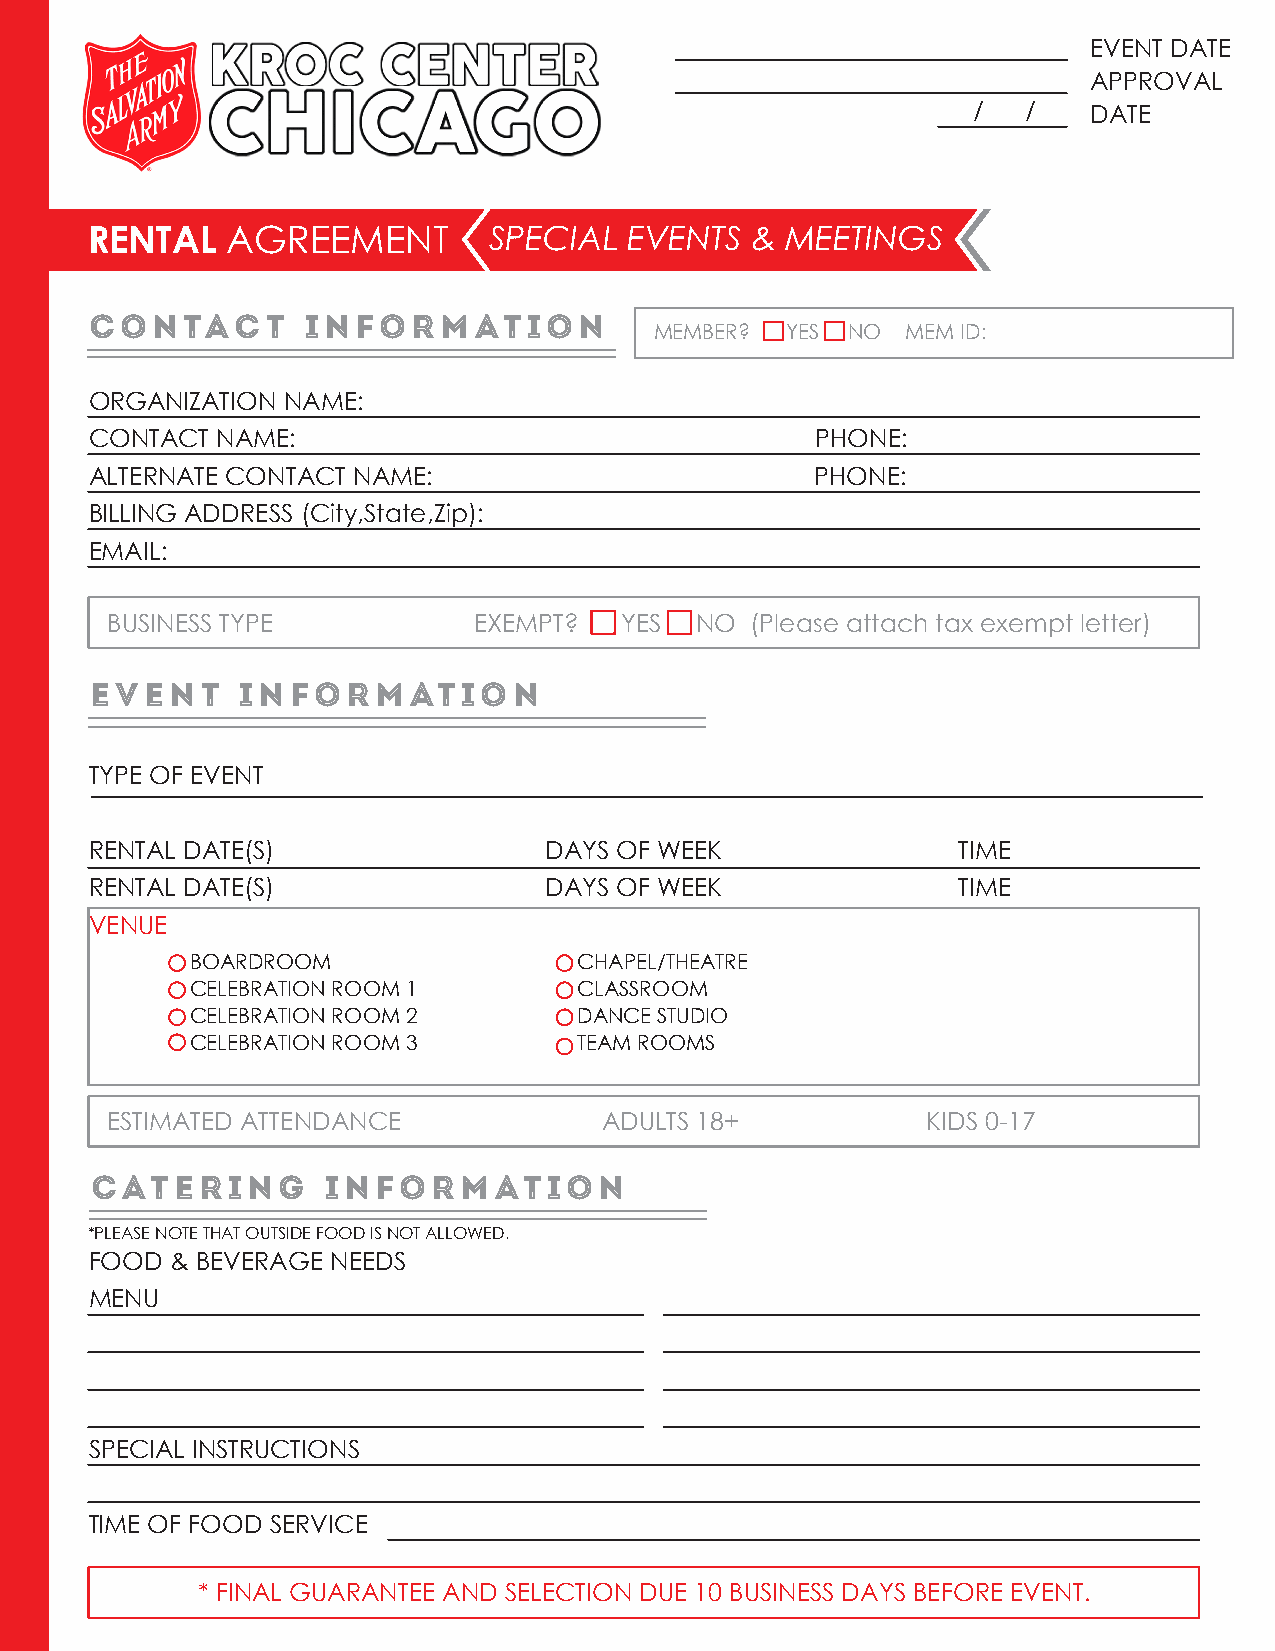
EVENT DATE
 APPROVAL
 /   /   DATE
 RENTAL   AGREEMENT        SPECIAL   EVENTS  & MEETINGS
 CONTACT       INFORMATION
 MEMBER?  YES NO  MEM ID:
 ORGANIZATION NAME:
 CONTACT NAME:                                   PHONE:
 ALTERNATE CONTACT NAME:                         PHONE:
 BILLING ADDRESS (City,State,Zip):
 EMAIL:
 BUSINESS TYPE           EXEMPT?   YES  NO  (Please attach tax exempt letter)
 EVENT     INFORMATION
 TYPE OF EVENT
 RENTAL DATE(S)                DAYS OF WEEK               TIME
 RENTAL DATE(S)                DAYS OF WEEK               TIME
 VENUE
 BOARDROOM                CHAPEL/THEATRE
 CELEBRATION ROOM 1       CLASSROOM
 CELEBRATION ROOM 2       DANCE STUDIO
 CELEBRATION ROOM 3       TEAM ROOMS
 ESTIMATED ATTENDANCE             ADULTS 18+           KIDS 0-17
 catering       INFORMATION
 *PLEASE NOTE THAT OUTSIDE FOOD IS NOT ALLOWED.
 FOOD & BEVERAGE NEEDS
 MENU
 SPECIAL INSTRUCTIONS
 TIME OF FOOD SERVICE
 * FINAL GUARANTEE AND SELECTION DUE 10 BUSINESS DAYS BEFORE EVENT.